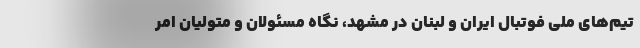
تیم‌های ملی فوتبال ایران و لبنان در مشهد، نگاه مسئولان و متولیان امر